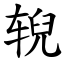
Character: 𫐐